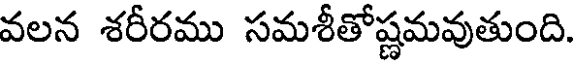
వలన శరీరము సమశీతోష్ణమవుతుంది.